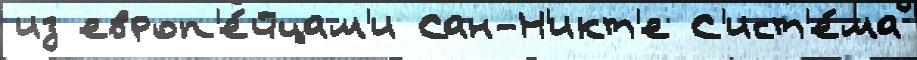
из европ'е́йцам'и Сан-Н'икт'е С'ист'е́ма